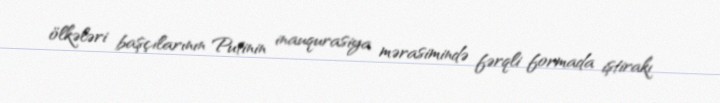
ölkələri başçılarının Putinin inauqurasiya mərasimində fərqli formada iştirakı